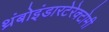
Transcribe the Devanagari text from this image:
थ्रंबोइंडारटेरेक्टोमी